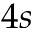
4 s